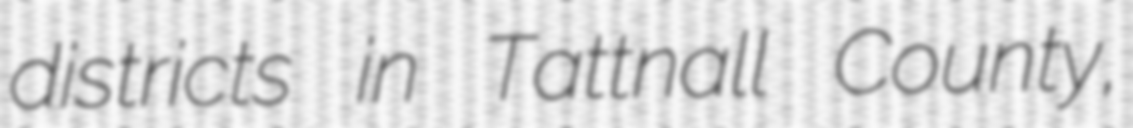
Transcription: districts in Tattnall County,